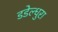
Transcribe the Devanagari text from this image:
डडेल्धुरा